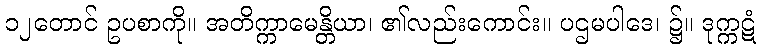
၁၂တောင် ဥပစာကို။ အတိက္ကာမေန္တိယာ၊ ၏လည်းကောင်း။ ပဌမပါဒေ၊ ၌။ ဒုက္ကဋံ